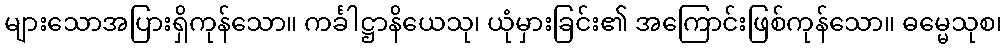
များသောအပြားရှိကုန်သော။ ကင်္ခါဋ္ဌာနိယေသု၊ ယုံမှားခြင်း၏ အကြောင်းဖြစ်ကုန်သော။ ဓမ္မေသုစ၊